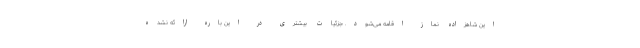
این شاهزاده نماز اقامه می‌شود. جزئیات بیشتری در این باره ارائه نشده